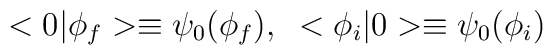
<0|\phi_f> \equiv \psi_0(\phi_f),\;\;  <\phi_i|0> \equiv \psi_0(\phi_i)